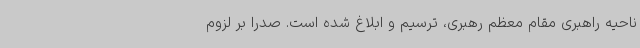
ناحیه راهبری مقام معظم رهبری، ترسیم و ابلاغ شده است. صدرا بر لزوم